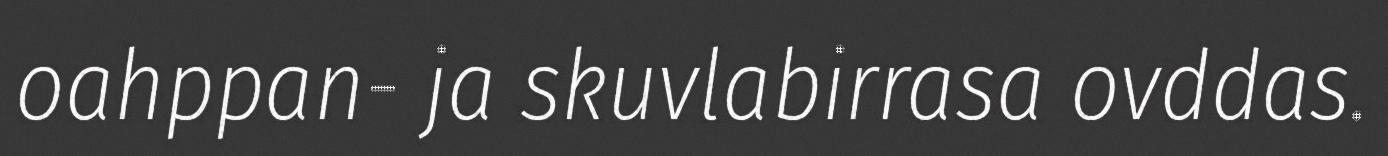
oahppan- ja skuvlabirrasa ovddas.